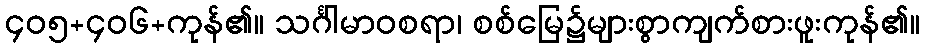
၄၀၅+၄၀၆+ကုန်၏။ သင်္ဂါမာဝစရာ၊ စစ်မြေ၌များစွာကျက်စားဖူးကုန်၏။